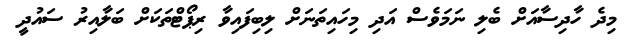
މިދެ ހާދިސާއަށް ބެލި ނަމަވެސް އަދި މިހައިތަނަށް ލިބިފައިވާ ރިޕޯޓްތަކަށް ބަލާއިރު ސައުދީ